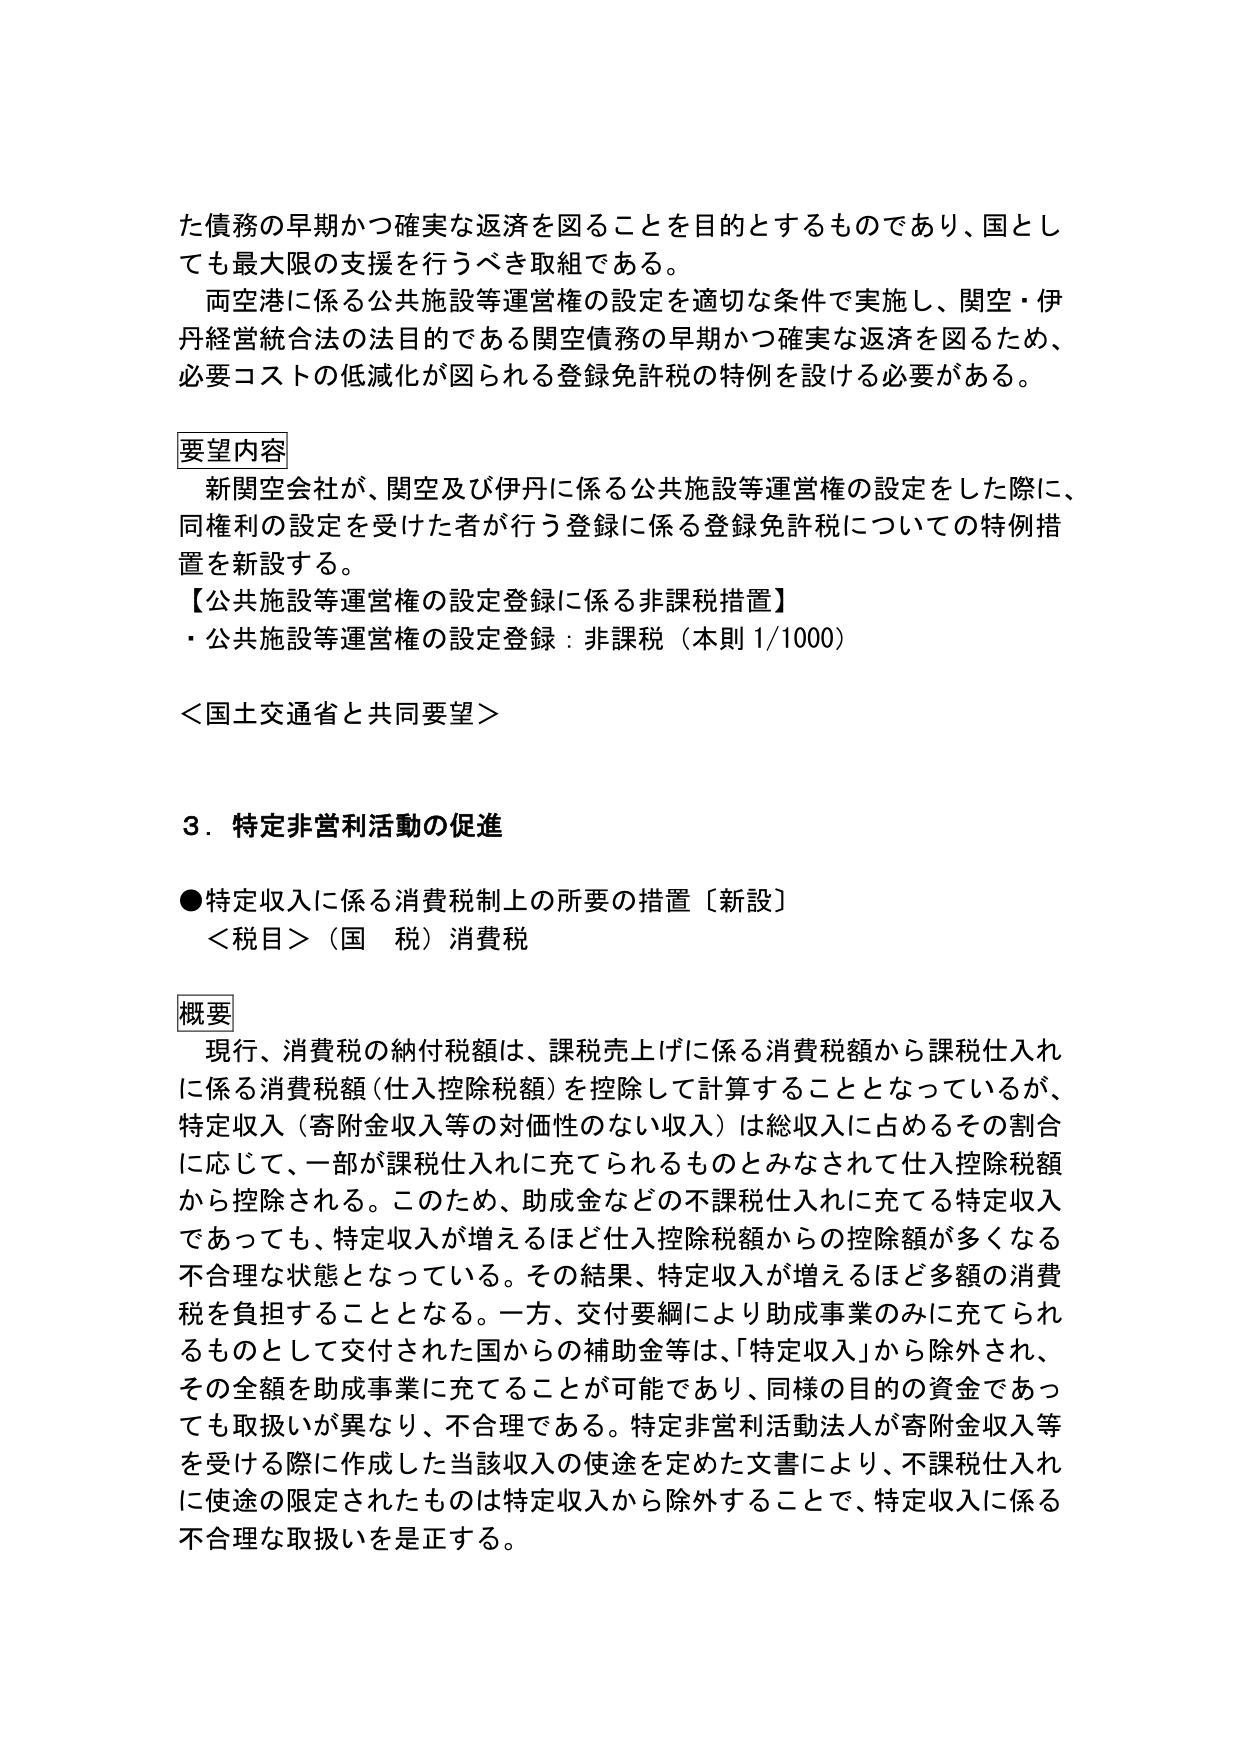
た債務の早期かつ確実な返済を図ることを目的とするものであり、国としても最大限の支援を行うべき取組である。

両空港に係る公共施設等運営権の設定を適切な条件で実施し、関空・伊丹経営統合法の法目的である関空債務の早期かつ確実な返済を図るため、必要コストの低減化が図られる登録免許税の特例を設ける必要がある。

要望内容
新関空会社が、関空及び伊丹に係る公共施設等運営権の設定をした際に、同権利の設定を受けた者が行う登録に係る登録免許税についての特例措置を新設する。
【公共施設等運営権の設定登録に係る非課税措置】
・公共施設等運営権の設定登録：非課税（本則1/1000）

＜国土交通省と共同要望＞

３．特定非営利活動の促進

●特定収入に係る消費税制上の所要の措置〔新設〕
＜税目＞（国 税）消費税

概要
現行、消費税の納付税額は、課税売上げに係る消費税額から課税仕入れに係る消費税額（仕入控除税額）を控除して計算することとなっているが、特定収入（寄附金収入等の対価性のない収入）は総収入に占めるその割合に応じて、一部が課税仕入れに充てられるものとみなされて仕入控除税額から控除される。このため、助成金などの不課税仕入れに充てる特定収入であっても、特定収入が増えるほど仕入控除税額からの控除額が多くなる不合理な状態となっている。その結果、特定収入が増えるほど多額の消費税を負担することとなる。一方、交付要綱により助成事業のみに充てられるものとして交付された国からの補助金等は、「特定収入」から除外され、その全額を助成事業に充てることが可能であり、同様の目的の資金であっても取扱いが異なり、不合理である。特定非営利活動法人が寄附金収入等を受ける際に作成した当該収入の使途を定めた文書により、不課税仕入れに使途の限定されたものは特定収入から除外することで、特定収入に係る不合理な取扱いを是正する。